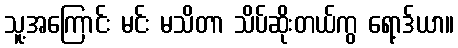
သူ့အကြောင်း မင်း မသိတာ သိပ်ဆိုးတယ်ကွ ရော့ဒ်ယာ။